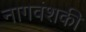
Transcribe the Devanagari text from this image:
नागवंशकी